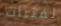
لفتيات